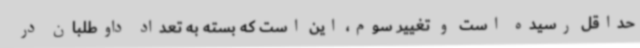
حداقل رسیده است و تغییر سوم، این است که بسته به تعداد داوطلبان در